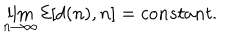
\lim _ { n \rightarrow \infty } { \cal E } [ d ( n ) , n ] = c o n s t a n t .